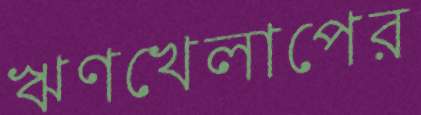
ঋণখেলাপের